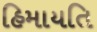
હિમાયતિ